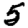
Digit: 5